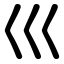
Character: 巛